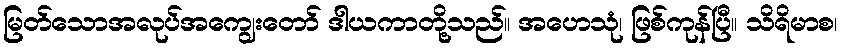
မြတ်သောအလုပ်အကျွေးတော် ဒါယကာတို့သည်။ အဟေသုံ၊ ဖြစ်ကုန်ပြီ။ သိရိမာစ၊